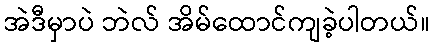
အဲဒီမှာပဲ ဘဲလ် အိမ်ထောင်ကျခဲ့ပါတယ်။